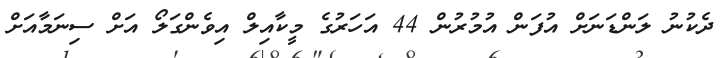
ދެކުނު ލަންޑަނަށް އުފަން އުމުރުން 44 އަހަރުގެ މީކާއިލް އިވެންގަލޯ އަށް ސިނަމާއަށް